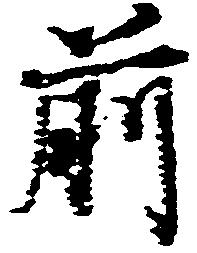
前